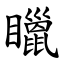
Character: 䁽